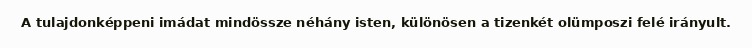
A tulajdonképpeni imádat mindössze néhány isten, különösen a tizenkét olümposzi felé irányult.